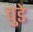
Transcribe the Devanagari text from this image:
चुडे